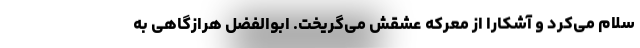
سلام می‌کرد و آشکارا از معرکه عشقش می‌گریخت. ابوالفضل هرازگاهی به